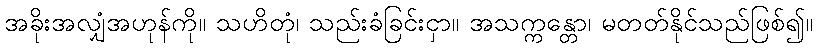
အခိုးအလျှံအဟုန်ကို။ သဟိတုံ၊ သည်းခံခြင်းငှာ။ အသက္ကန္တော၊ မတတ်နိုင်သည်ဖြစ်၍။